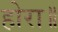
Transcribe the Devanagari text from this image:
होरा॥